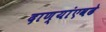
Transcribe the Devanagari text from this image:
दाण्यांएवढे